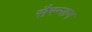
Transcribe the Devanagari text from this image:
सैरन्डन